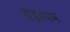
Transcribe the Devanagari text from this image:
एइरयम